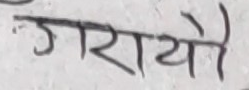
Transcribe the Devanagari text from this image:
गरायो